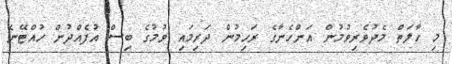
މި ހާލަތް މެދުވެރިވުމުން އަންހެނާގެ ރަހިމުން ދަރިމައި ވުމުގެ ބިސް އުފެއްދުން ހުއްޓޭނެ